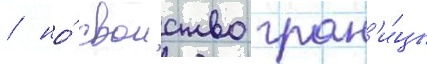
/ но́ своиство гран'и́цы